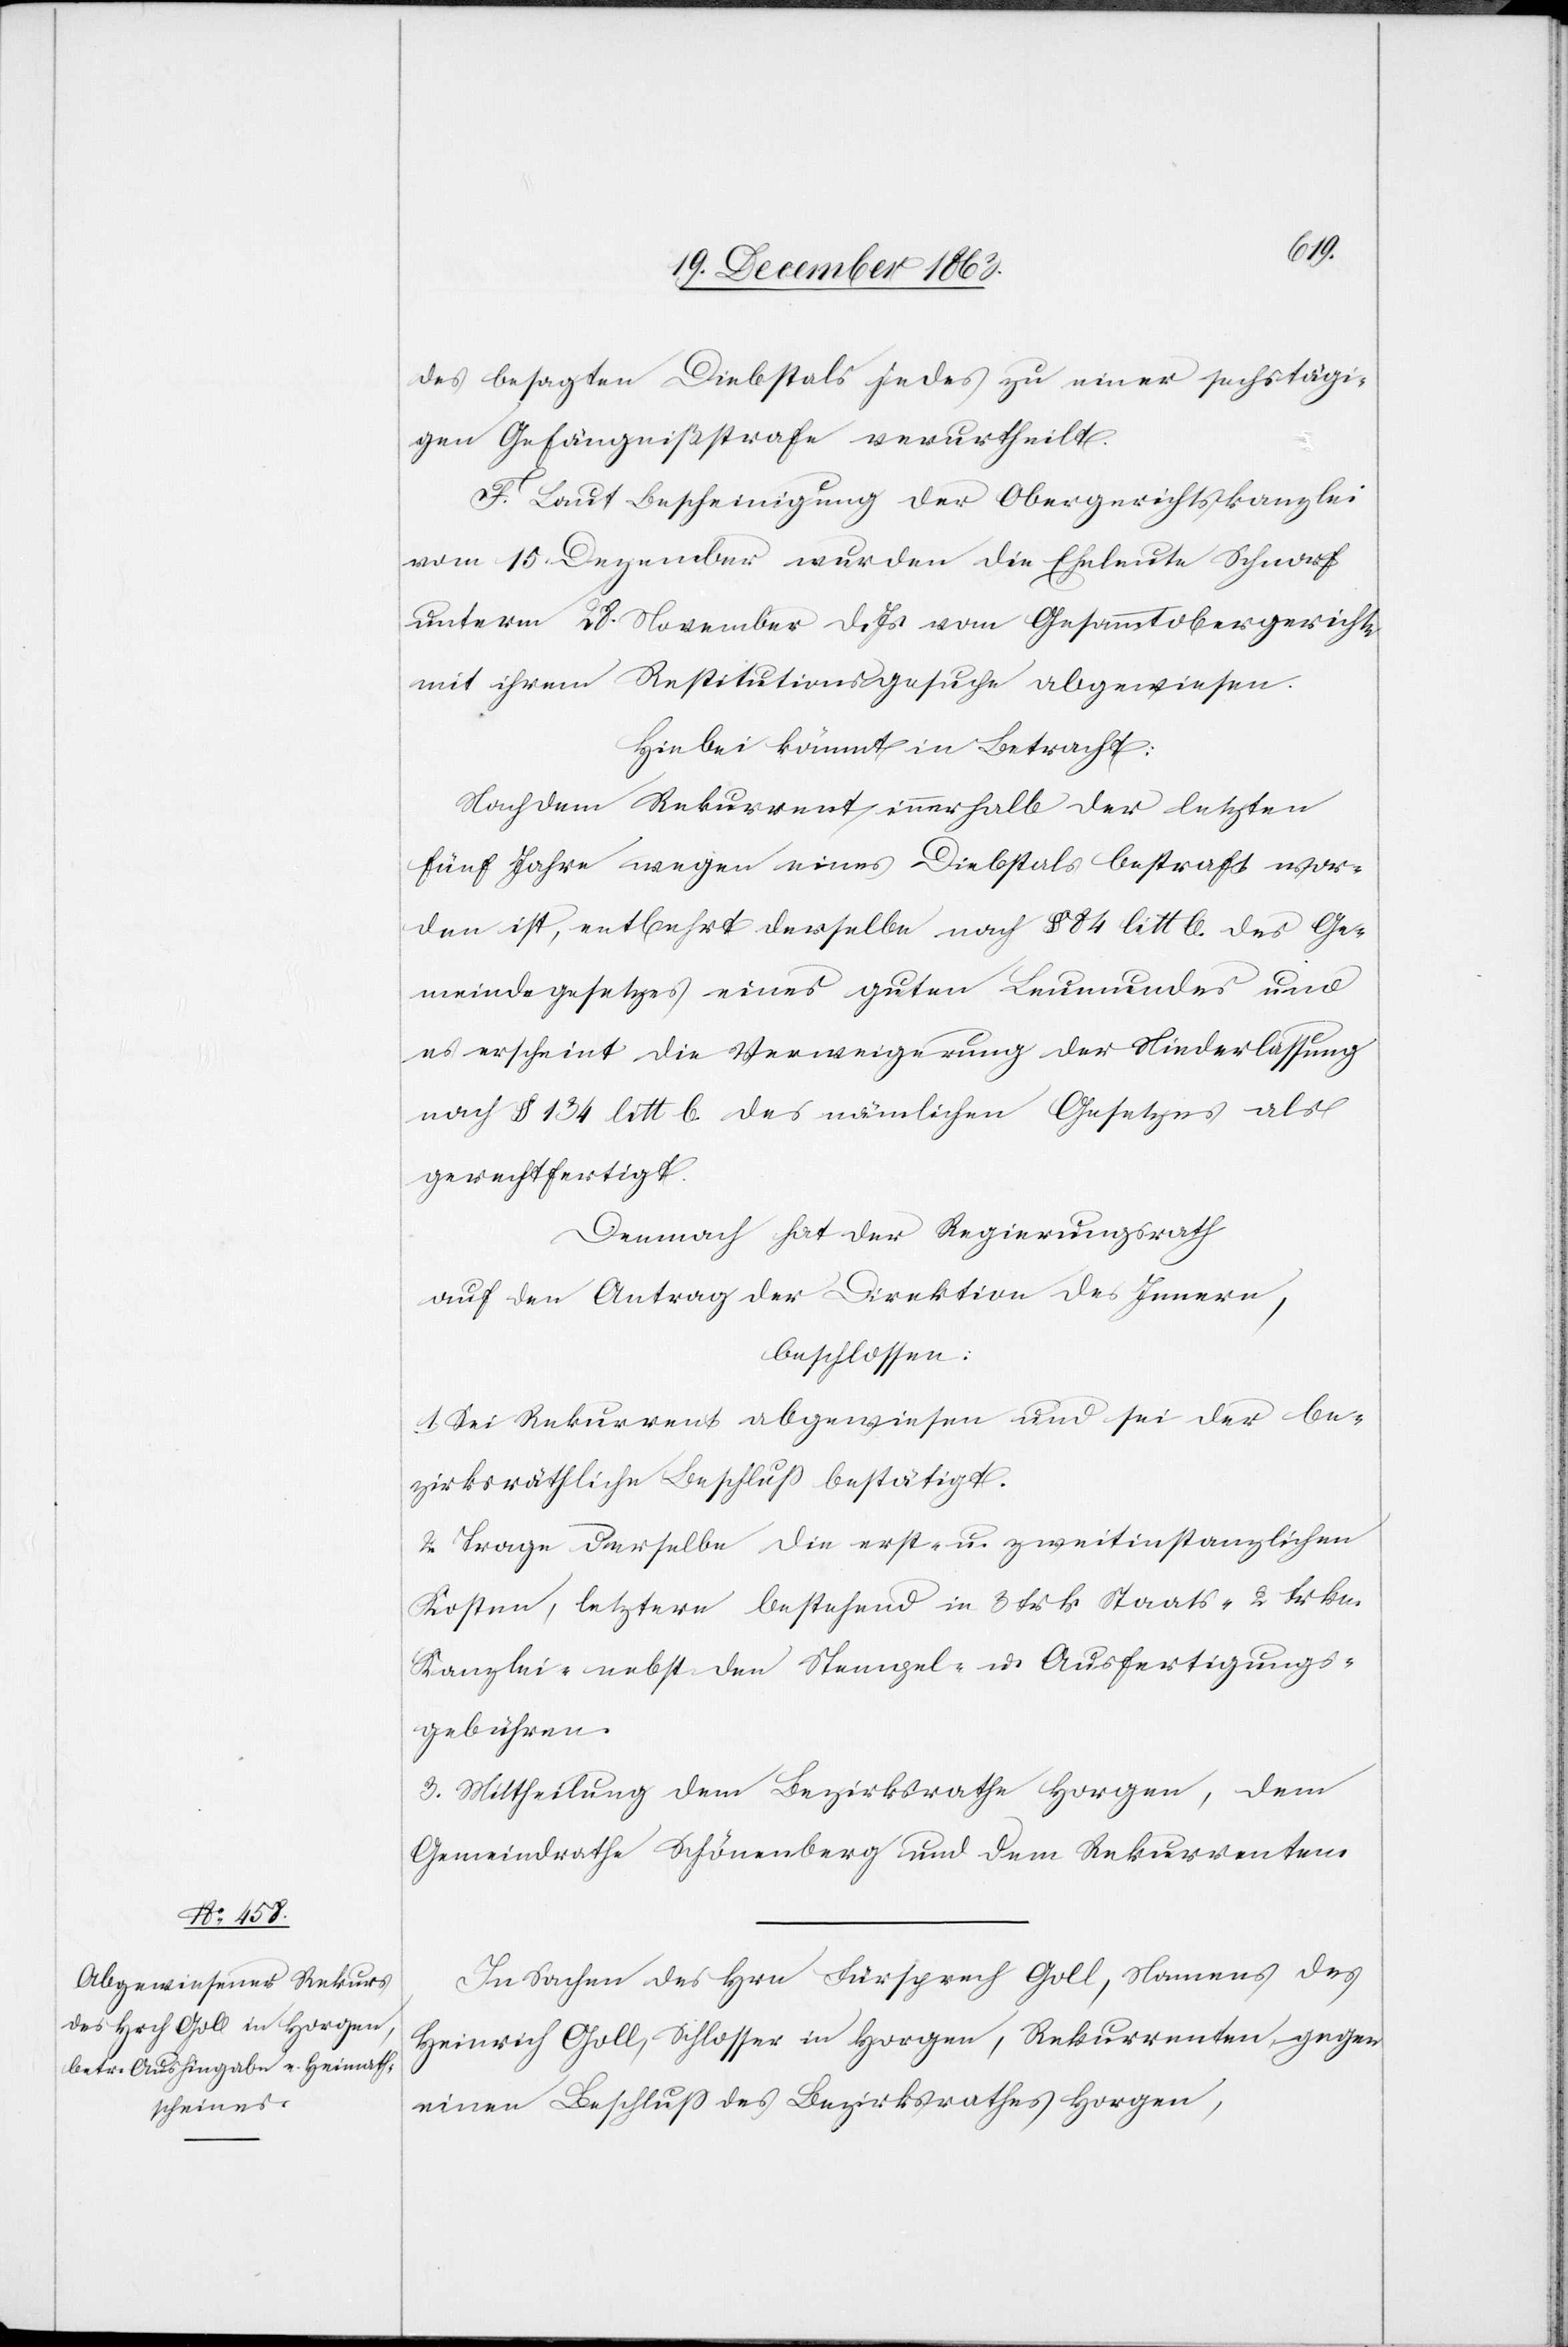
des besagten Diebstals jedes zu einer sechstägi¬
gen Gefängnißstrafe verurtheilt.
F. Laut Bescheinigung der Obergerichtskanzlei
vom 15. Dezember wurden die Eheleute Schnorf
unterm 28. November d. Js. vom Gesammtobergerichte
mit ihrem Restitutionsgesuche abgewiesen.
Hiebei kömmt in Betracht:
Nachdem Rekurrent innerhalb der letzten
fünf Jahre wegen eines Diebstals bestraft wor¬
den ist, entbehrt derselbe nach § 84 litt b. des Ge¬
meindegesetzes eines guten Leumundes und
es erscheint die Verweigerung der Niederlassung
nach § 134 litt b. des nämlichen Gesetzes als
gerechtfertigt.
Demnach hat der Regierungsrath
auf den Antrag der Direktion des Innern,
beschlossen:
1. Sei Rekurrent abgewiesen und sei der be¬
zirksräthliche Beschluss bestätigt.
2. Trage derselbe die erst- u. zweitinstanzlichen
Kosten, letztere bestehend in 3 Frk. Staats-[,] 2 Frkn.
Kanzlei-[,] nebst den Stempel- u. Ausfertigungs¬
gebühren.
3. Mittheilung dem Bezirksrathe Horgen, dem
Gemeindrathe Schönenberg und dem Rekurrenten.
In Sachen des Hrn Fürsprech Goll, Namens des
Heinrich Goll, Schlosser in Horgen, Rekurrenten gegen
einen Beschluss des Bezirksrathes Horgen,